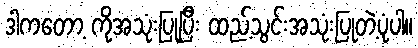
ဒါကတော့ ကိုအသုံးပြုပြီး ထည့်သွင်းအသုံးပြုတဲ့ပုံပါ။